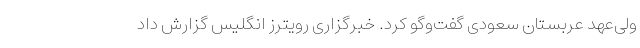
ولی‌عهد عربستان سعودی گفت‌وگو کرد. خبرگزاری رویترز انگلیس گزارش داد